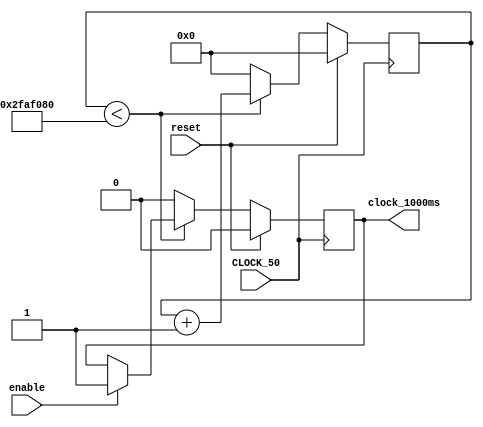
// allows for slower clocks for the decimal counter
module slow_clocks(
	output reg clock_1000ms,
	input enable,
	input reset,
	input CLOCK_50
);

	reg [27:0] counter_1000ms; // 1 second
	
	always @ (posedge CLOCK_50)
	begin
		if (reset) begin
			counter_1000ms <= 28'h0000000;
			clock_1000ms = 1'b0;
		end
		else if (counter_1000ms < 50_000_000) begin
			counter_1000ms <= counter_1000ms + 28'h0000001;
			if (enable) begin
				clock_1000ms <= 1'b1;
			end
		end
		else begin
			counter_1000ms <= 28'h0000000;
			clock_1000ms = 1'b0;
		end
	end

endmodule